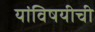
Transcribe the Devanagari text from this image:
यांविषयीची